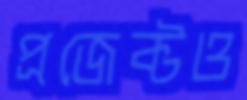
প্রজেক্টও